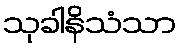
သုခါနိသံသာ